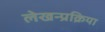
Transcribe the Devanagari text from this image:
लेखन्प्रक्रिया